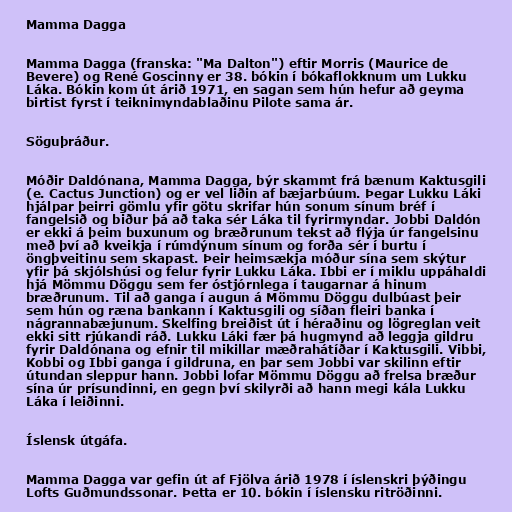
Mamma Dagga

Mamma Dagga (franska: "Ma Dalton") eftir Morris (Maurice de
Bevere) og René Goscinny er 38. bókin í bókaflokknum um Lukku
Láka. Bókin kom út árið 1971, en sagan sem hún hefur að geyma
birtist fyrst í teiknimyndablaðinu Pilote sama ár.

Söguþráður.

Móðir Daldónana, Mamma Dagga, býr skammt frá bænum Kaktusgili
(e. Cactus Junction) og er vel liðin af bæjarbúum. Þegar Lukku Láki
hjálpar þeirri gömlu yfir götu skrifar hún sonum sínum bréf í
fangelsið og biður þá að taka sér Láka til fyrirmyndar. Jobbi Daldón
er ekki á þeim buxunum og bræðrunum tekst að flýja úr fangelsinu
með því að kveikja í rúmdýnum sínum og forða sér í burtu í
öngþveitinu sem skapast. Þeir heimsækja móður sína sem skýtur
yfir þá skjólshúsi og felur fyrir Lukku Láka. Ibbi er í miklu uppáhaldi
hjá Mömmu Döggu sem fer óstjórnlega í taugarnar á hinum
bræðrunum. Til að ganga í augun á Mömmu Döggu dulbúast þeir
sem hún og ræna bankann í Kaktusgili og síðan fleiri banka í
nágrannabæjunum. Skelfing breiðist út í héraðinu og lögreglan veit
ekki sitt rjúkandi ráð. Lukku Láki fær þá hugmynd að leggja gildru
fyrir Daldónana og efnir til mikillar mæðrahátíðar í Kaktusgili. Vibbi,
Kobbi og Ibbi ganga í gildruna, en þar sem Jobbi var skilinn eftir
útundan sleppur hann. Jobbi lofar Mömmu Döggu að frelsa bræður
sína úr prísundinni, en gegn því skilyrði að hann megi kála Lukku
Láka í leiðinni.

Íslensk útgáfa.

Mamma Dagga var gefin út af Fjölva árið 1978 í íslenskri þýðingu
Lofts Guðmundssonar. Þetta er 10. bókin í íslensku ritröðinni.